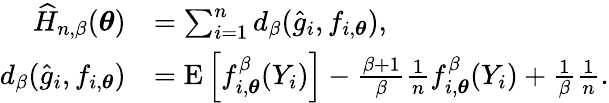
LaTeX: \begin{array}{rl}{\widehat{H}_{n,\beta}(\boldsymbol{\theta})}&{=\sum_{i=1}^{n}d_{\beta}(\widehat{g}_{i},f_{i,\boldsymbol{\theta}}),}\\ {d_{\beta}(\widehat{g}_{i},f_{i,\boldsymbol{\theta}})}&{=\mathrm{E}\left[f_{i,\boldsymbol{\theta}}^{\beta}(Y_{i})\right]-\frac{\beta+1}{\beta}\frac{1}{n}f_{i,\boldsymbol{\theta}}^{\beta}(Y_{i})+\frac{1}{\beta}\frac{1}{n}.}\end{array}